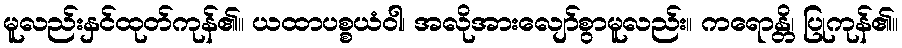
မူလည်းနှင်ထုတ်ကုန်၏။ ယထာပစ္စယံဝါ၊ အလိုအားလျော်စွာမူလည်း။ ကရောန္တိ၊ ပြုကုန်၏။